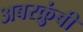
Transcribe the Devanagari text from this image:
अबरक्रुंबी